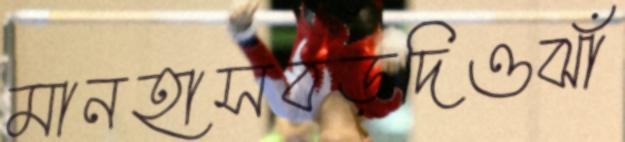
মানহাসবড়দিওঝাঁ